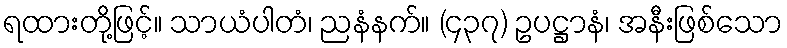
ရထားတို့ဖြင့်။ သာယံပါတံ၊ ညနံနက်။ (၄၃၇) ဥပဋ္ဌာနံ၊ အနီးဖြစ်သော